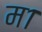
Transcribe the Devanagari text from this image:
म१